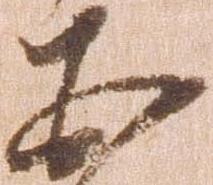
あ